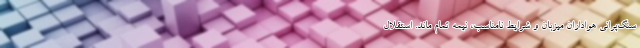
سنگ‌پرانی هواداران میزبان و شرایط نامناسب، نیمه تمام ماند. استقلال